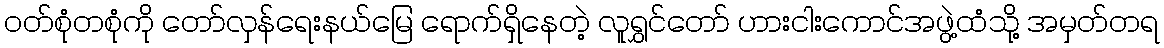
ဝတ်စုံတစုံကို တော်လှန်ရေးနယ်မြေ ရောက်ရှိနေတဲ့ လူရွှင်တော် ဟားငါးကောင်အဖွဲ့ထံသို့ အမှတ်တရ